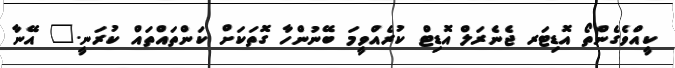
ކީއްވެގެންތޯ އޮޑިޓަރ ޖެނެރަލް އޮޑިޓް ކުރެއްވީމަ ބޭނުންހާ ގޮތަކަށް ކަންތައްތައް ކުރަނީ." އޭނާ